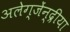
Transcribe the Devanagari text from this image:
अलेग्जेंन्द्रीया